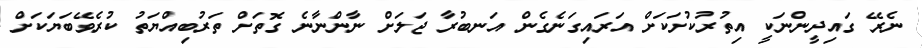
ނެރޭ ގައިދީންނަކީ އިތުރުކުށަކަށް އަރައިގަނެގެން އަނބުރާ ޖަލަށް ނާންނާނެ ގޮތަށް ތަރުބިއްޔަތު ކުރެވޭބަޔަކަށް